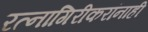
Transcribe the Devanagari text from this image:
रत्नागिरीकरांनाही